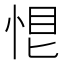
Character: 𢚉